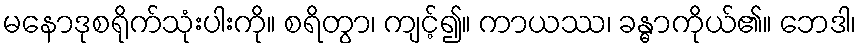
မနောဒုစရိုက်သုံးပါးကို။ စရိတွာ၊ ကျင့်၍။ ကာယဿ၊ ခန္ဓာကိုယ်၏။ ဘေဒါ၊